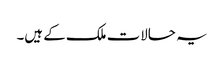
یہ حالات ملک کے ہیں۔